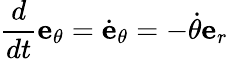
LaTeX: {\frac{d}{dt}}{\textbf{e}}_{\theta}={\dot{\textbf{e}}}_{\theta}=-{\dot{\theta}}{\textbf{e}}_{r}